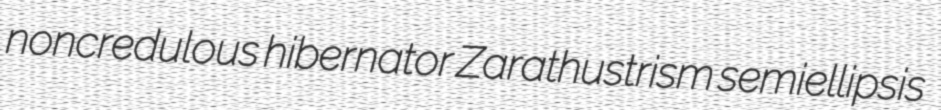
noncredulous hibernator Zarathustrism semiellipsis